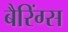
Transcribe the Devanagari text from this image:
बैरिंग्स